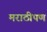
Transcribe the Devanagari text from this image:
मराठीपण